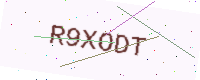
Text: R9XODT